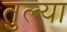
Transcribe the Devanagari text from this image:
तुल्या